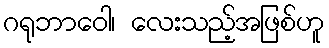
ဂရုဘာဝေါ၊ လေးသည့်အဖြစ်ဟူ